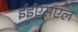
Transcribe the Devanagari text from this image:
ईईएसएल